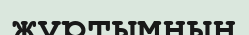
жұртымның